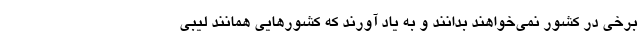
برخی در کشور نمی‌خواهند بدانند و به یاد آورند که کشورهایی همانند لیبی